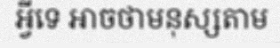
អ្វីទេ អាចថាមនុស្សតាម